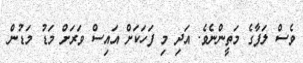
ވެސް ލަފާގެ މަތީންނެވެ. އަދި މި ފަހަކަށް އައިސް ވަރަށް މަޑު މަޑުން